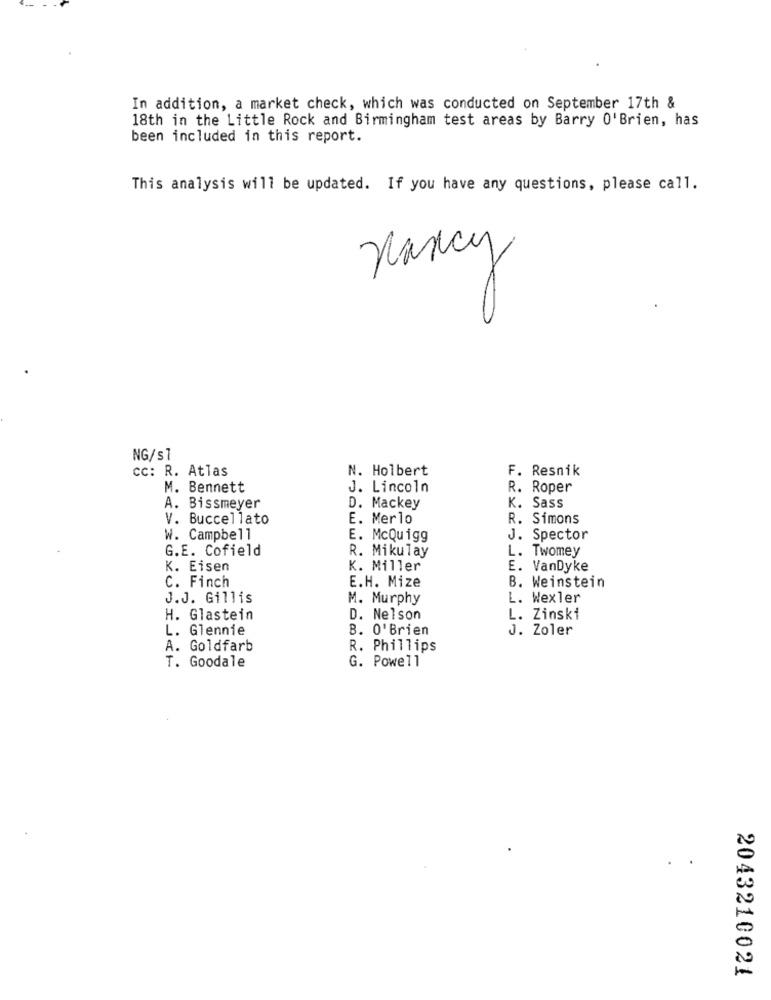
In addition, a market check, which was conducted on September 17th &
18th in the Little Rock and Birmingham test areas by Barry O'Brien, has
been included in this report.
This analysis will be updated. If you have any questions, please call.
Nancy
NG/s1
cc: R. Atlas
N. Holbert
F. Resnik
M. Bennett
J. Lincoln
R. Roper
A. Bissmeyer
D. Mackey
K. Sass
V. Buccellato
E. Merlo
R. Simons
W. Campbell
E. McQuigg
J. Spector
G.E. Cofield
R. Mikulay
L. Twomey
K. Eisen
K. Miller
E. VanDyke
E.H. Mize
C. Finch
B. Weinstein
J.J. Gillis
M. Murphy
L. Wexler
H. Glastein
D. Nelson
L. Zinski
L. Glennie
B. O'Brien
J. Zoler
A. Goldfarb
R. Phillips
G. Powell
T. Goodale
2043210021